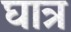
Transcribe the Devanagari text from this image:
घात्र